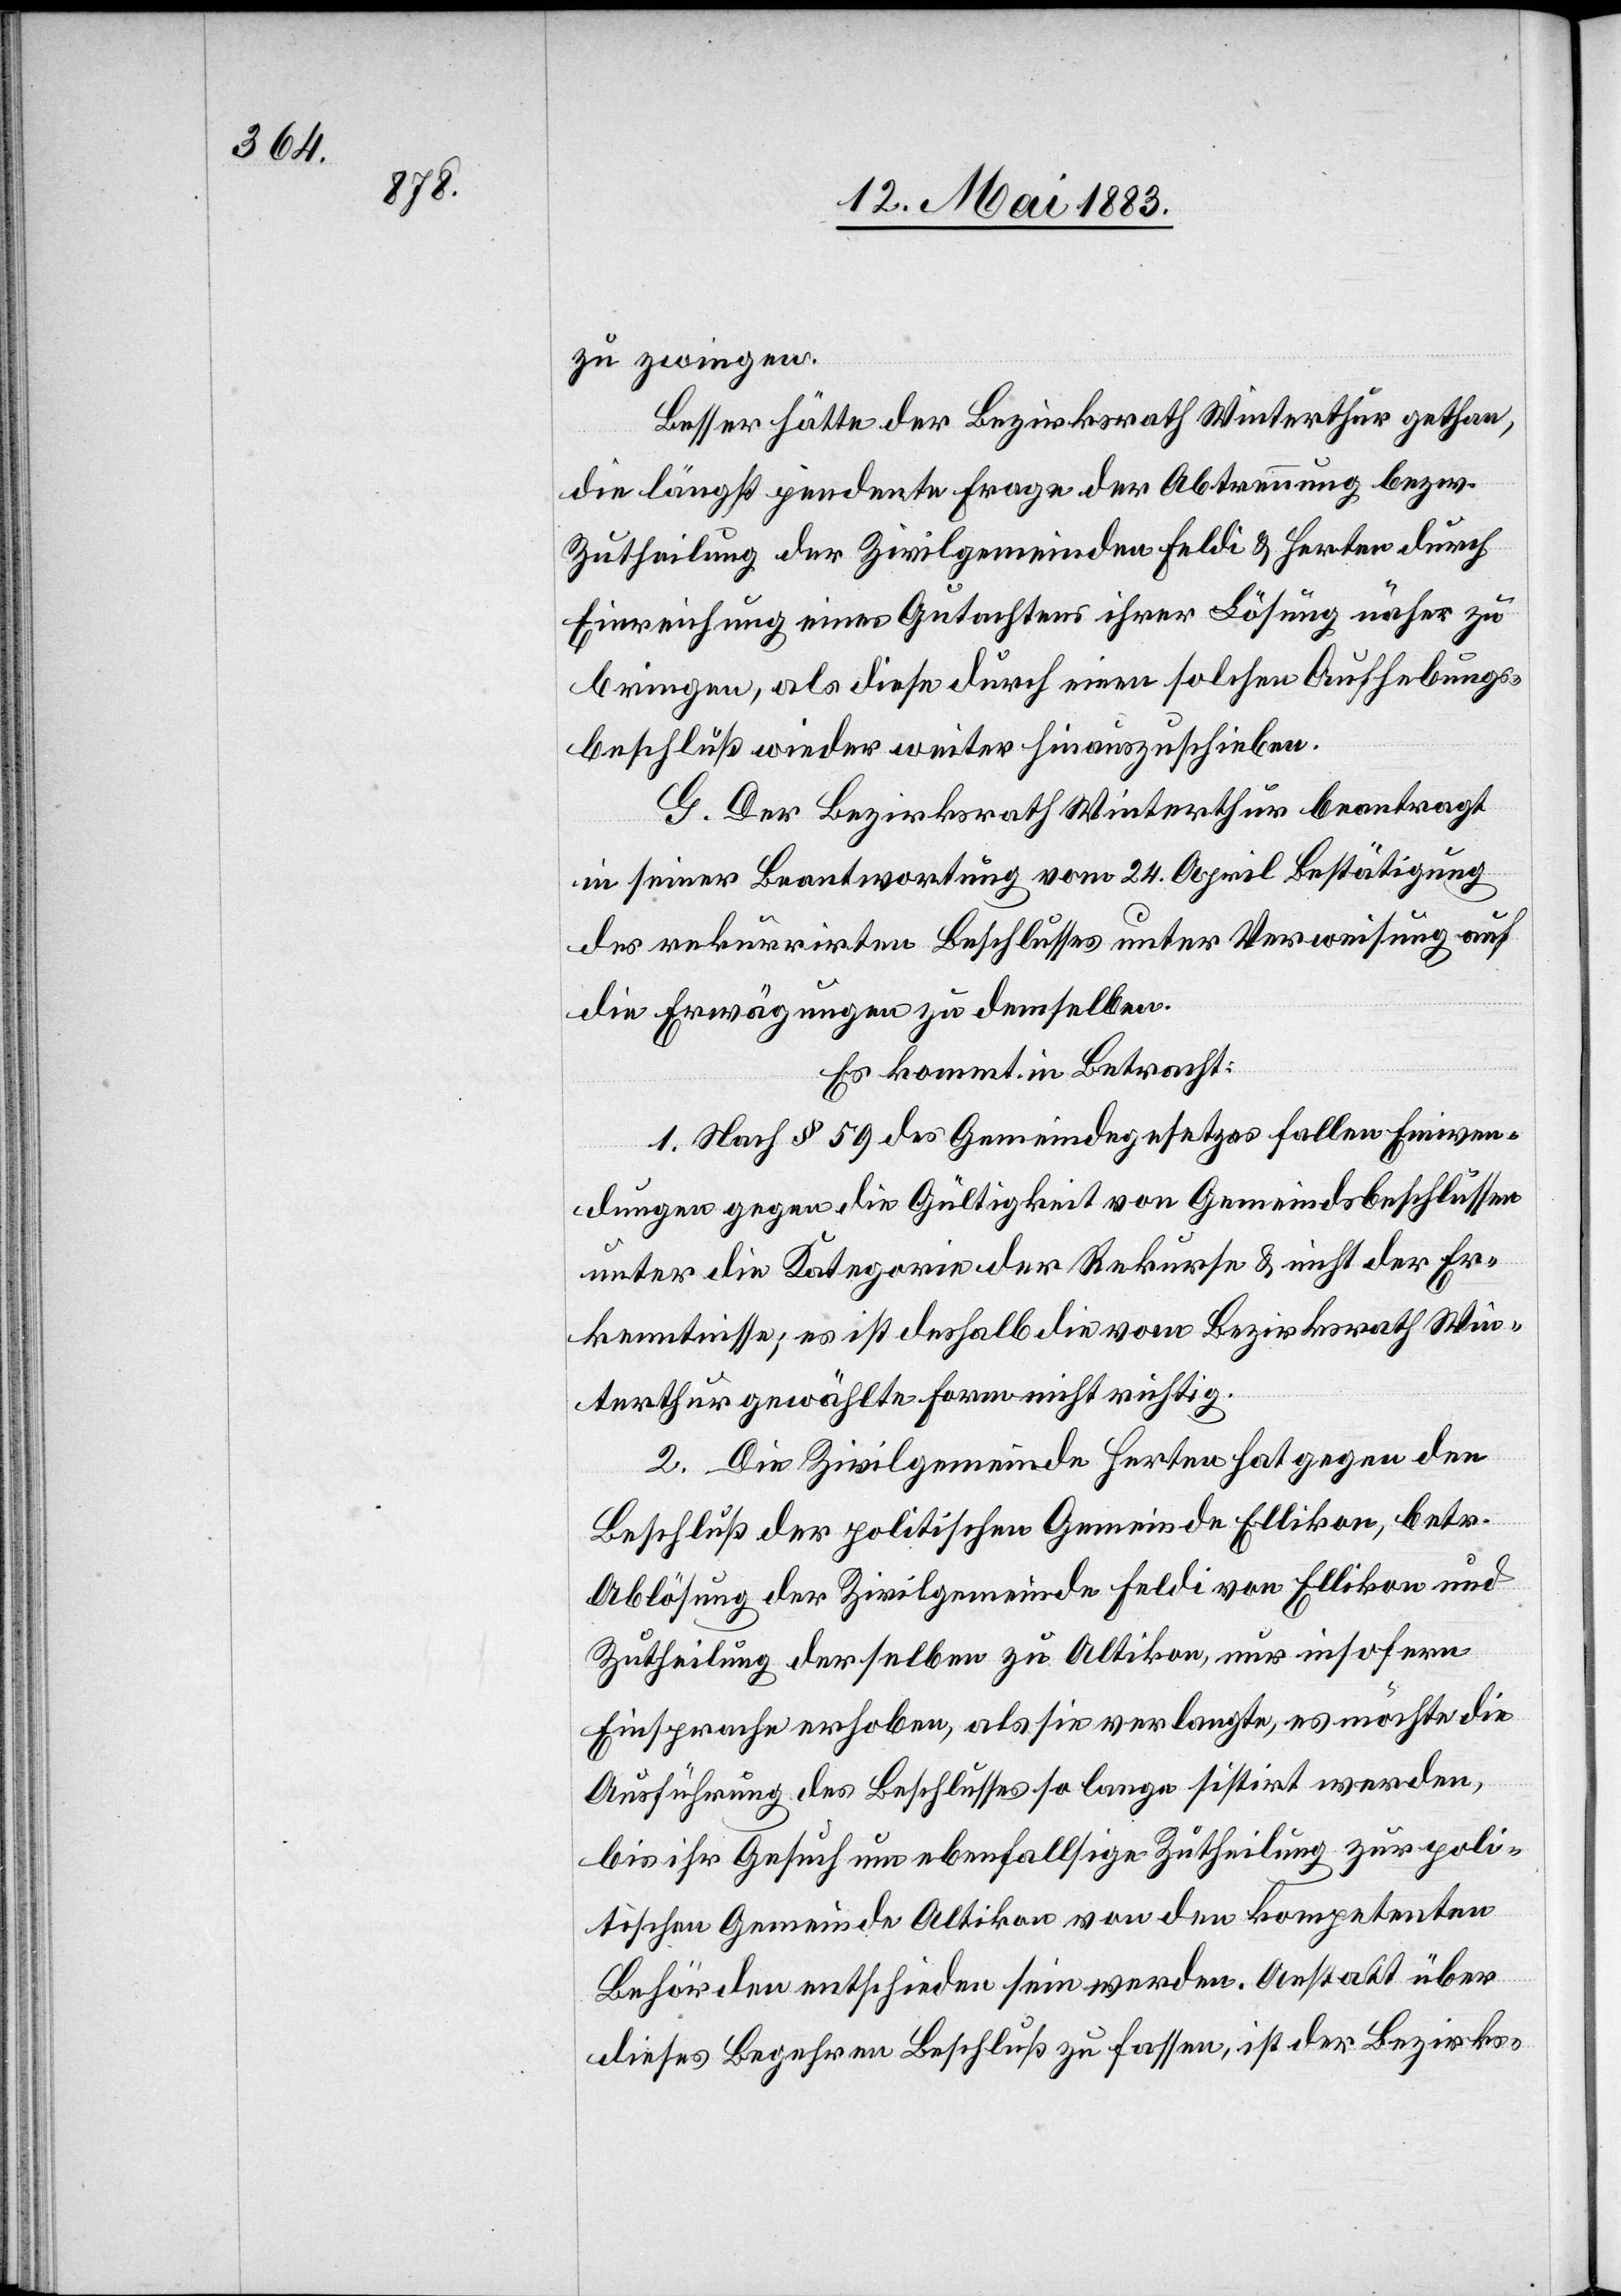
zu zwingen.
Besser hätte der Bezirksrath Winterthur gethan,
die längst pendente Frage der Abtrennung bezw.
Zutheilung der Zivilgemeinden Feldi & Herten durch
Einreichung eines Gutachtens ihrer Lösung näher zu
bringen, als diese durch einen solchen Aufhebungs¬
beschluß wieder weiter hinauszuschieben.
G. Der Bezirksrath Winterthur beantragt
in seiner Beantwortung vom 24. April Bestätigung
des rekurrirten Beschlusses unter Verweisung auf
die Erwägungen zu demselben.
Es kommt in Betracht:
1. Nach § 59 des Gemeindegesetzes fallen Einwen¬
dungen gegen die Gültigkeit von Gemeindsbeschlüssen
unter die Kategorie der Rekurse & nicht der Er¬
kenntnisse; es ist deshalb die vom Bezirksrath Win¬
terthur gewählte Form nicht richtig.
2. Die Zivilgemeinde Herten hat gegen den
Beschluß der politischen Gemeinde Ellikon, betr.
Ablösung der Zivilgemeinde Feldi von Ellikon und
Zutheilung derselben zu Altikon, nur insofern
Einsprache erhoben, als sie verlangte, es möchte die
Ausführung des Beschlusses so lange sistirt werden,
bis ihr Gesuch um ebenfallsige Zutheilung zur poli¬
tischen Gemeinde Altikon von den kompetenten
Behörden entschieden sein werden. Anstatt über
dieses Begehren Beschluß zu fassen, ist der Bezirks-